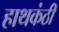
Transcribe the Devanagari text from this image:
हाथकंठी